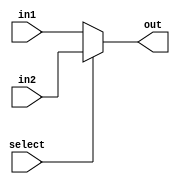
module MUX2input #(parameter busSIZE=5) (input [busSIZE-1:0] in1, in2, input select, output [busSIZE-1:0] out);
	assign out = select == 1'b0 ? in1 : in2;
endmodule